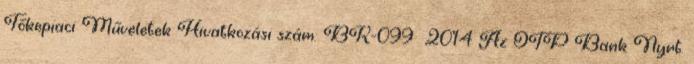
Tőkepiaci Műveletek Hivatkozási szám: BK-099 2014 Az OTP Bank Nyrt.